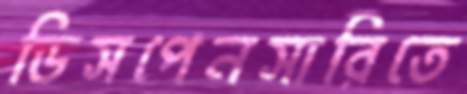
ডিসপেনসারিতে